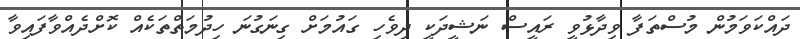
ދައްކަވަމުން މުސްތަފާ ވިދާޅުވީ ރައީސް ނަޝީދަކީ ދިވެހި ގައުމަށް ގިނަގުނަ ހިދުމަތްތަކެއް ކޮށްދެއްވާފައިވާ